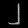
Digit: ၂